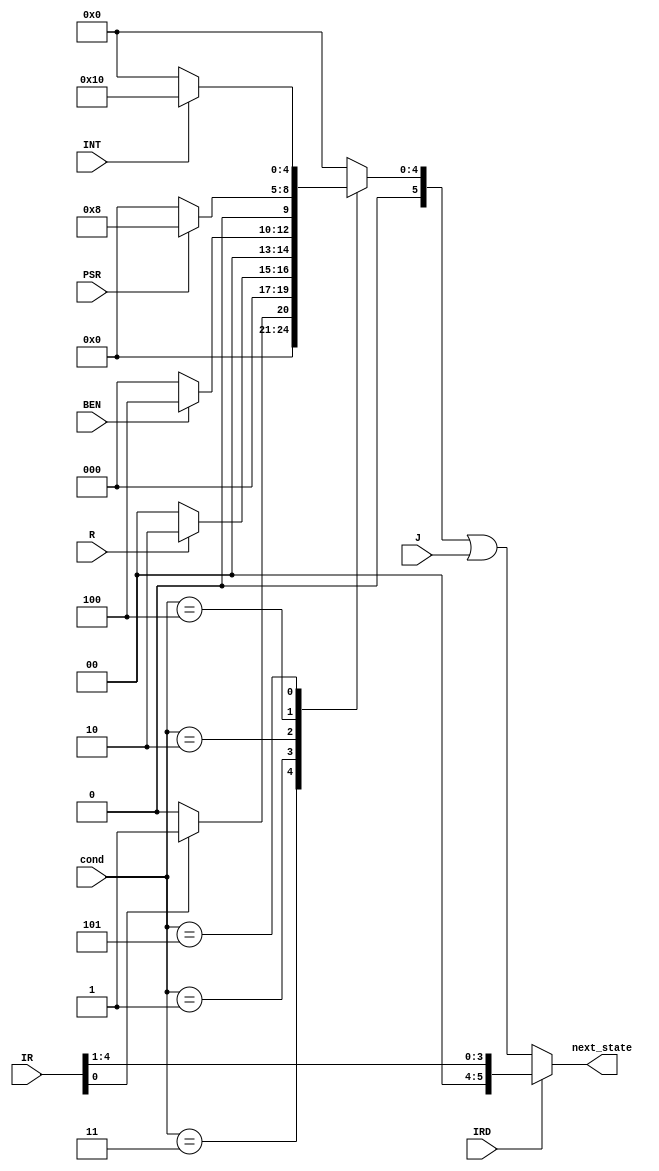
module microsequencer(INT, R, IR, BEN, PSR, cond, next_state, J, IRD);

  input INT; //triggers interrupt from io, only tested in state 18
  input R; //end of mem operation
  input [15:11] IR; //addressing mode (user subroutine)
  input BEN; //branch
  input PSR; //supervisor or user mode

  input IRD;
  input  [2:0] cond;
  output reg [5:0] next_state; //address of next state
  input [5:0] J;
  
  always @(cond) begin
    case (cond)
      3'b011 : next_state = (IR[11]) ? 6'b000001 : 6'b000000; //Address Mode
      3'b001 : next_state = (R) ? 6'b000010 : 6'b000000; //Memory Ready
      3'b010 : next_state = (BEN) ? 6'b000100 : 6'b000000; //Branch
      3'b100 : next_state = (PSR) ? 6'b001000 : 6'b000000; //Privilege Mode
      3'b101 : next_state = (INT) ? 6'b010000 : 6'b000000; //Interrupt Present
      default: next_state = 6'b000000;
    endcase
    next_state <= next_state | J;
    if (IRD) next_state <= {2'b00, IR[15:12]};

  end


endmodule